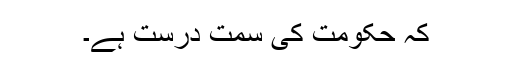
کہ حکومت کی سمت درست ہے۔